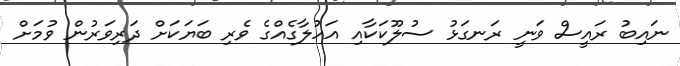
ނައިބު ރައީސް ވަނީ ރަނގަޅު ސުލޫކަކާއި އަހުލާގެއްގެ ވެރި ބަޔަކަށް ދަރިވަރުން ވުމަށް